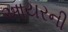
આયરની